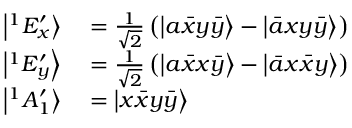
\begin{array} { r l } { \left| ^ { 1 } E _ { x } ^ { \prime } \right\rangle } & { { } = \frac { 1 } { \sqrt { 2 } } \left( \left| a \bar { x } y \bar { y } \right\rangle - \left| \bar { a } x y \bar { y } \right\rangle \right) } \\ { \left| ^ { 1 } E _ { y } ^ { \prime } \right\rangle } & { { } = \frac { 1 } { \sqrt { 2 } } \left( \left| a \bar { x } x \bar { y } \right\rangle - \left| \bar { a } x \bar { x } y \right\rangle \right) } \\ { \left| ^ { 1 } A _ { 1 } ^ { \prime } \right\rangle } & { { } = \left| x \bar { x } y \bar { y } \right\rangle } \end{array}